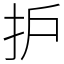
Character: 护